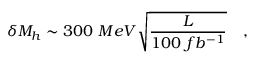
\delta M _ { h } \sim 3 0 0 ~ M e V \sqrt { { \frac { \cal L } { 1 0 0 ~ f b ^ { - 1 } } } } \quad ,